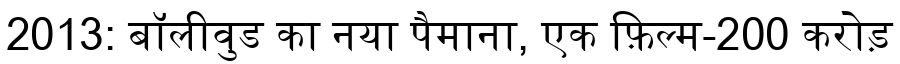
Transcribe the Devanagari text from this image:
2013: बॉलीवुड का नया पैमाना, एक फ़िल्म-200 करोड़